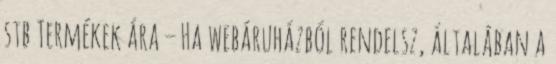
stb Termékek ára – Ha webáruházból rendelsz, általában a